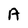
Character: A